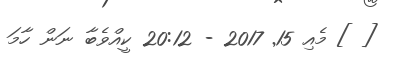
[ ] މެއި 15